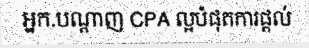
អ្នក.បណ្តាញ CPA ល្អបំផុតការផ្តល់